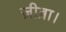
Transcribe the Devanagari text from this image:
ज़ीब्रा।